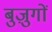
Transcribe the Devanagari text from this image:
बुज़ुगों